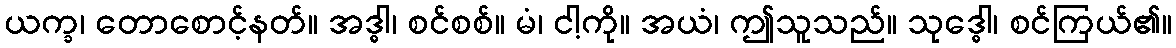
ယက္ခ၊ တောစောင့်နတ်။ အဒ္ဓါ၊ စင်စစ်။ မံ၊ ငါ့ကို။ အယံ၊ ဤသူသည်။ သုဒ္ဓေါ၊ စင်ကြယ်၏။